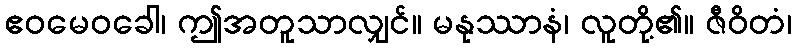
ဧဝမေဝခေါ၊ ဤအတူသာလျှင်။ မနုဿာနံ၊ လူတို့၏။ ဇီဝိတံ၊